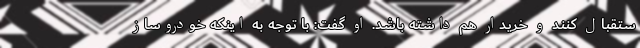
ستقبال کنند و خریدار هم داشته باشد. او گفت: با توجه به اینکه خودروساز